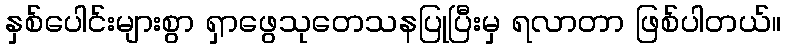
နှစ်ပေါင်းများစွာ ရှာဖွေသုတေသနပြုပြီးမှ ရလာတာ ဖြစ်ပါတယ်။